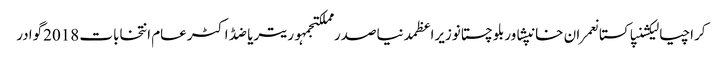
کراچیالیکشنپاکستانعمران خانپشاوربلوچستانوزیراعظمدنیاصدر مملکتجمہوریتریاضڈاکٹرعام انتخابات 2018گوادر